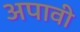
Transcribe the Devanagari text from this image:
अपावी